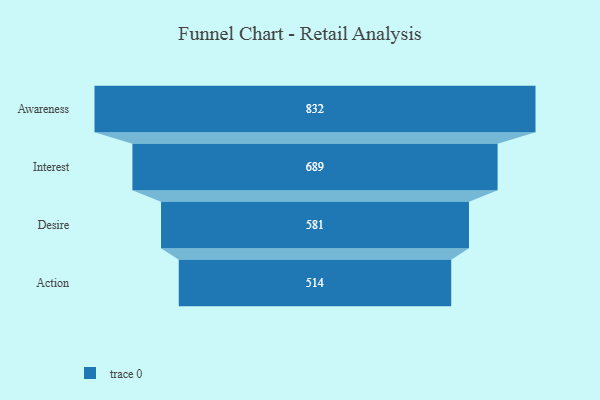
{"axis": {"x": "Stage", "y": "Value"}, "legend": [""], "data": [{"x": "Awareness", "y": 832.0, "type": ""}, {"x": "Interest", "y": 689.0, "type": ""}, {"x": "Desire", "y": 581.0, "type": ""}, {"x": "Action", "y": 514.0, "type": ""}]}